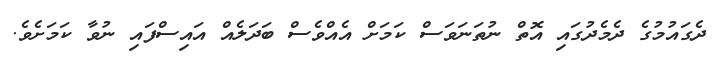
ދެގައުމުގެ ދެމެދުގައި އޮތް ނުތަނަވަސް ކަމަށް އެއްވެސް ބަދަލެއް އައިސްފައި ނުވާ ކަމަށެވެ.